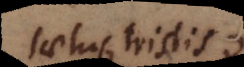
laetus, tristis,